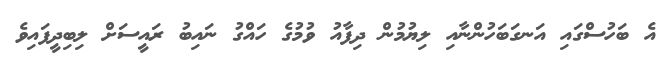
އެ ބަހުސްގައި އަނގަބަހުންނާއި ލިޔުމުން ދިފާއު ވުމުގެ ހައްގު ނައިބު ރައީސަށް ލިބިދީފައިވެ